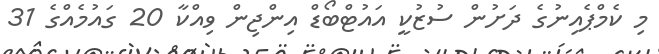
މި ކެމްޕެއިނުގެ ދަށުން ސުޒުކީ އައުޓްބޯޑް އިންޖިން ވިއްކާ 20 ގައުމެއްގެ 31